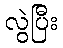
လွဲပြီး